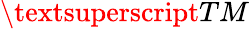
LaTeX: \textsuperscript{TM}